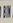
bin